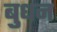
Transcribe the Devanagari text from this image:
बुधन